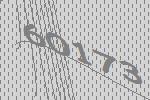
60173